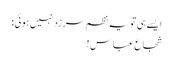
ایسے ہی تو یہ نظم سرزد نہیں ہوئی:
شجاع عباس!